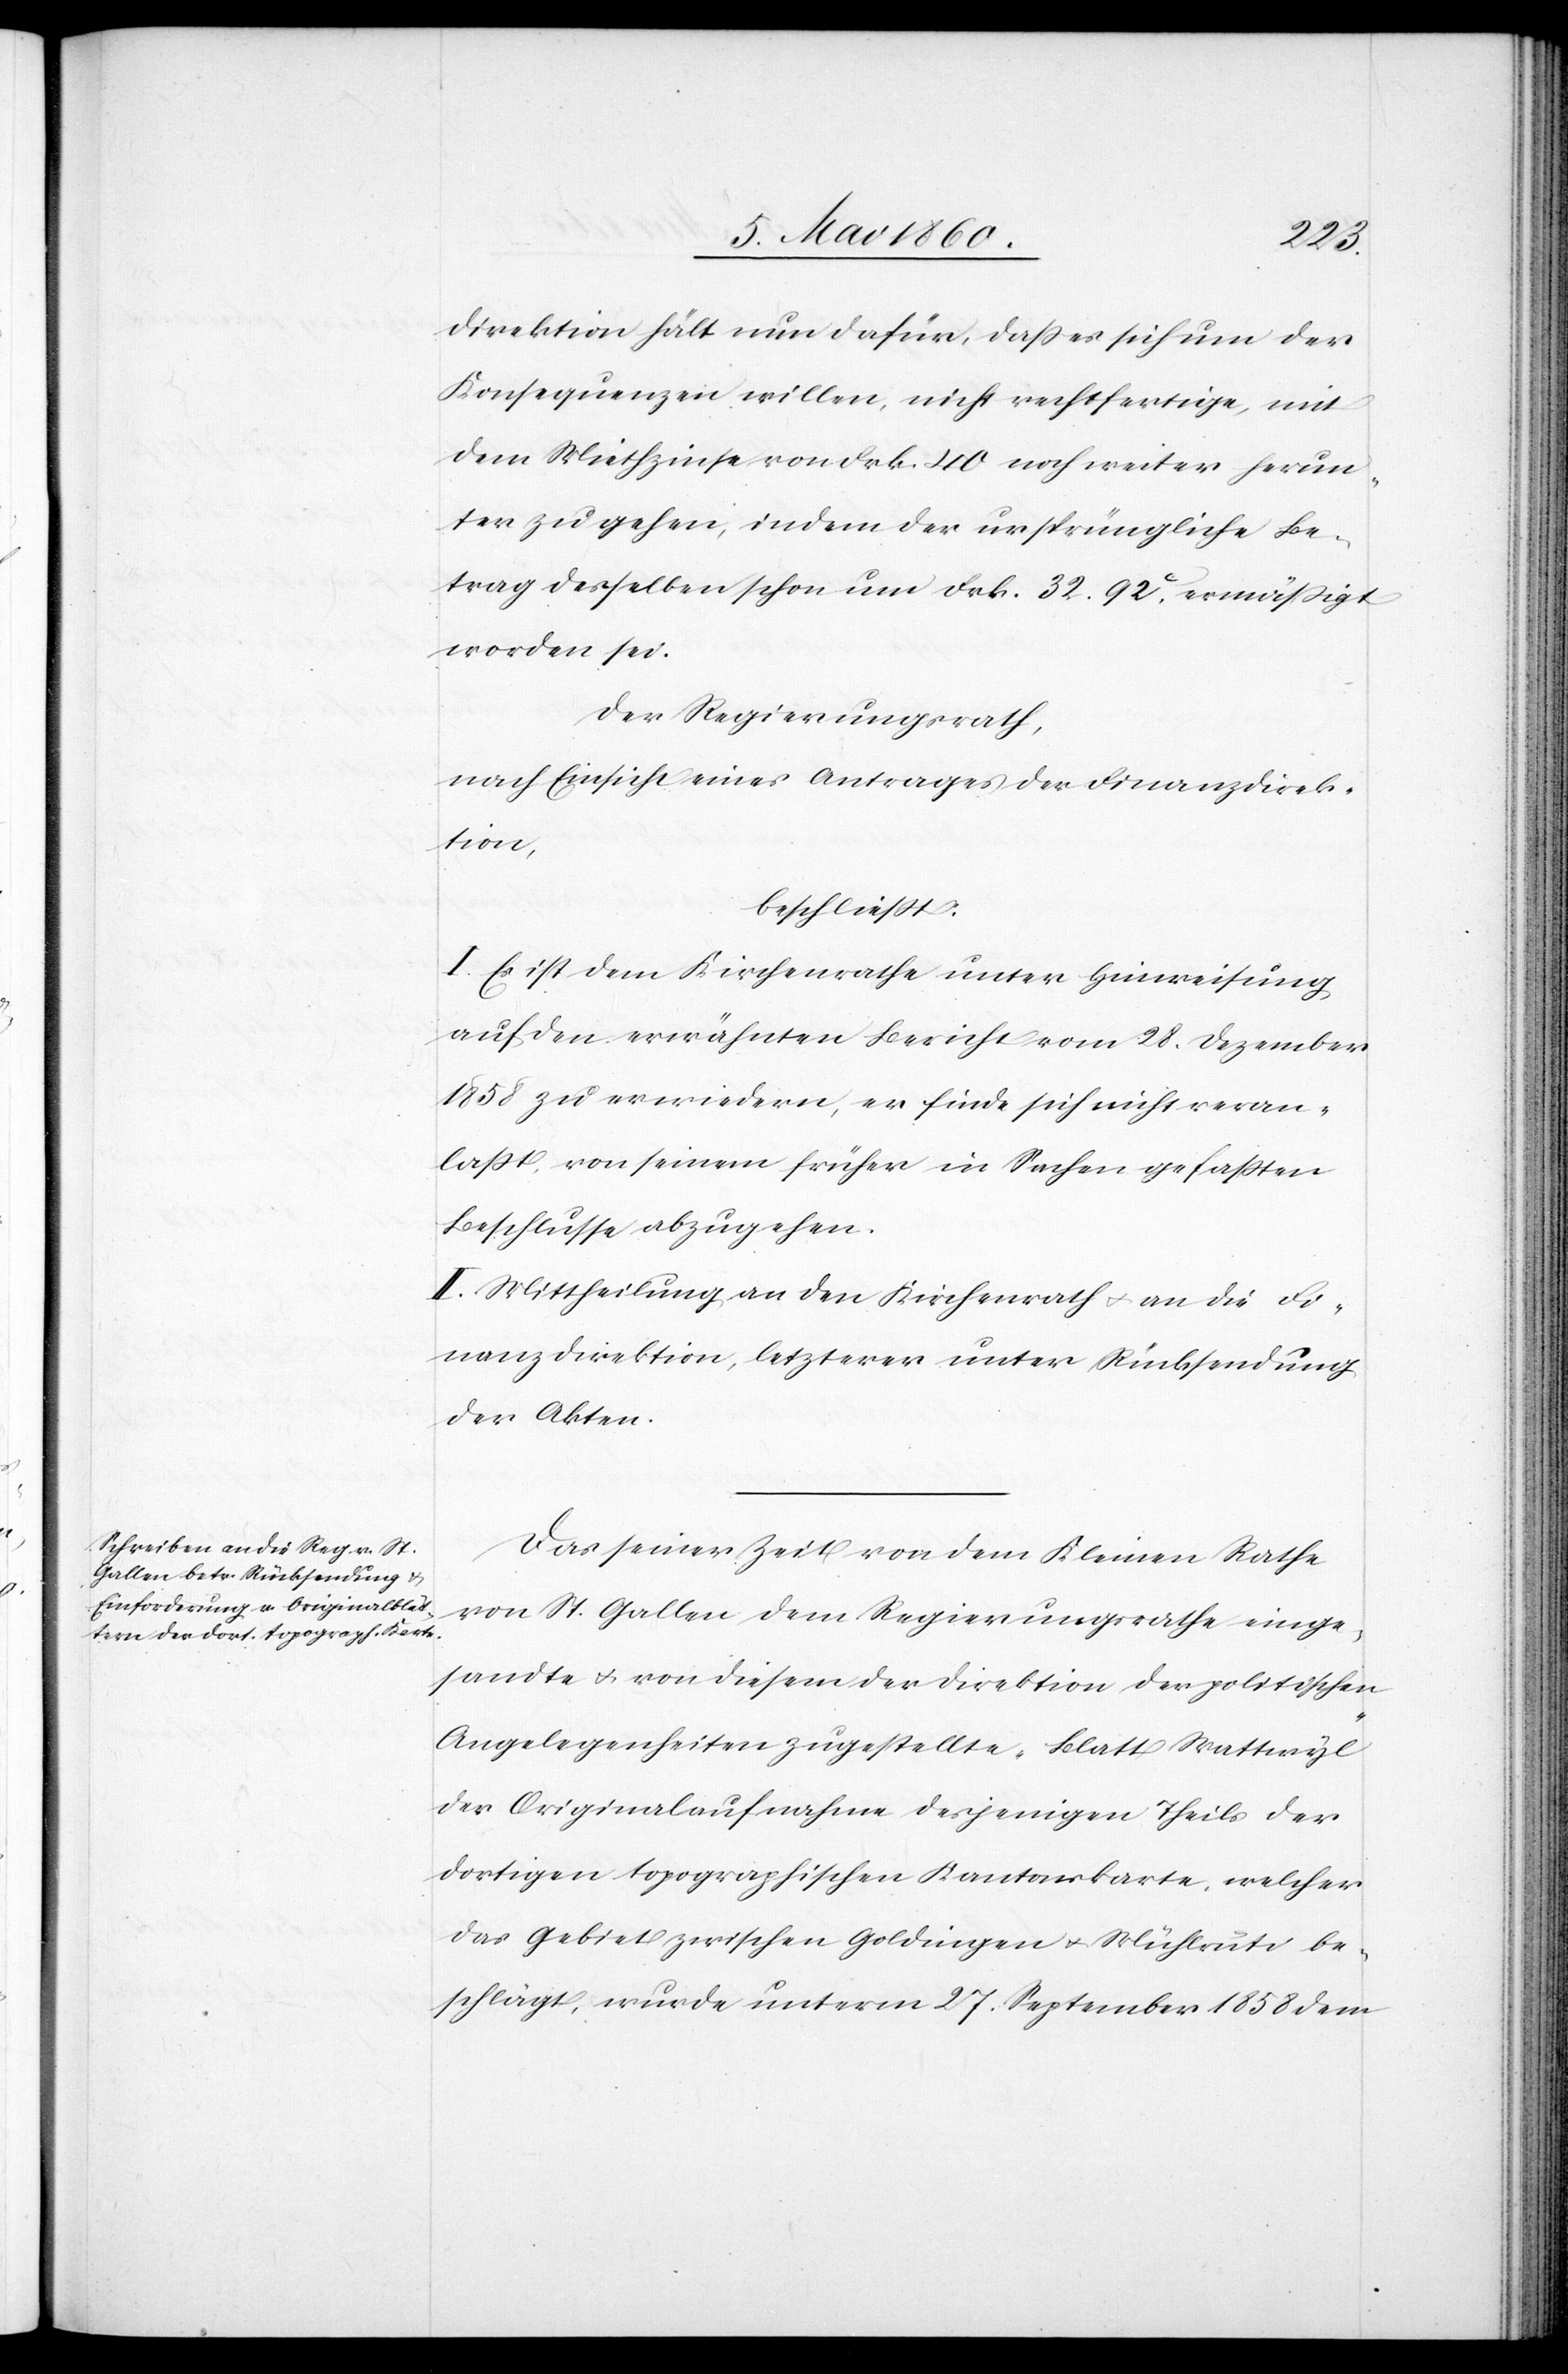
Direktion hält nun dafür, dass es sich um der
Konsequenzen willen, nicht rechtfertige, mit
dem Miethzinse von Frk. 40 noch weiter herun¬
ter zu gehen, indem der ursprüngliche Be¬
trag desselben schon um Frk. 32 92C ermässigt
worden sei.
Der Regierungsrath,
nach Einsicht eines Antrages der Finanzdirek¬
tion,
beschliesst:
I. Es ist dem Kirchenrathe unter Hinweisung
auf den erwähnten Bericht vom 28. Dezember
1858 zu erwiedern, er finde sich nicht veran¬
lasst, von seinem früher in Sachen gefassten
Beschlusse abzugehen.
II. Mittheilung an den Kirchenrath u. an die Fi¬
nanzdirektion, letzterer unter Rücksendung
der Akten.
Das seiner Zeit von dem Kleinen Rathe
von St. Gallen dem Regierungsrath einge¬
sandte u. von diesem der Direktion der politischen
Angelegenheiten zugestellte „Blatt Wattwyl“
der Originalaufnahme desjenigen Theils der
dortigen topographischen Kantonskarte, welcher
das Gebiet zwischen Goldingen u. Mühlrüti be¬
schlägt, wurde unterm 27. September 1858 dem,